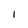
Character: 1